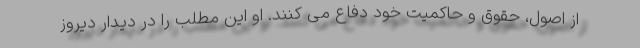
از اصول، حقوق و حاکمیت خود دفاع می کنند. او این مطلب را در دیدار دیروز